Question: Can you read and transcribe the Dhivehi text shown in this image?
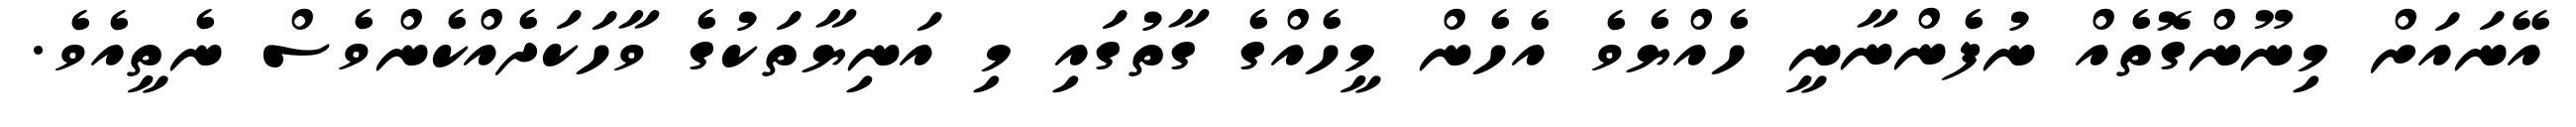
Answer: އޭނައަށް މިނޫންގޮތެއް ނުފެންނާނީ ހެއްޔެވެ އެހެން މީހެއްގެ ގާތުގައި މި އަނިޔާތަކުގެ ވާހަކަދެއްކެންވެސް ނެތީއެވެ.